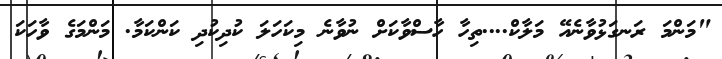
"މަންމަ ރަނގަޅުވާނެއޭ މަލާކް....ތިހާ ހާސްވާކަށް ނުވާނެ މިކަހަލަ ކުދިކުދި ކަންކަމާ. މަންމަގެ ވާހަކަ